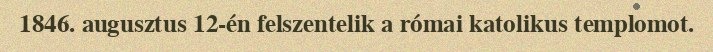
1846. augusztus 12-én felszentelik a római katolikus templomot.